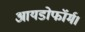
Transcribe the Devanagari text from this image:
आयडोफॉर्म।